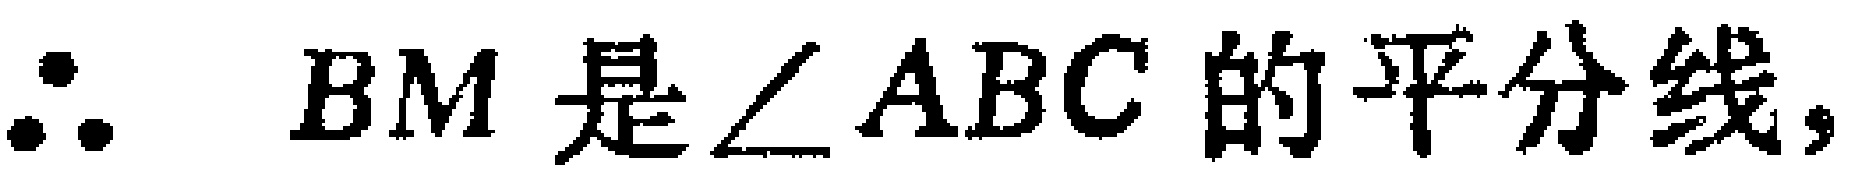
$\therefore\ BM是\angle ABC的平分线,$